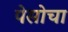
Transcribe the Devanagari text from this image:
पेसोचा